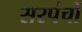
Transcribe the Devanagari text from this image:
सरपंचों